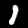
Digit: 1